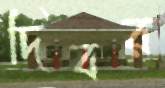
দিবর